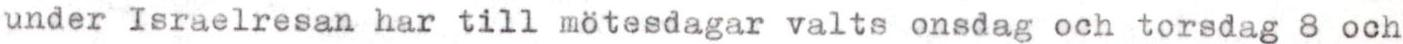
under Israelresan har till mötesdagar valts onsdag och torsdag 8 och